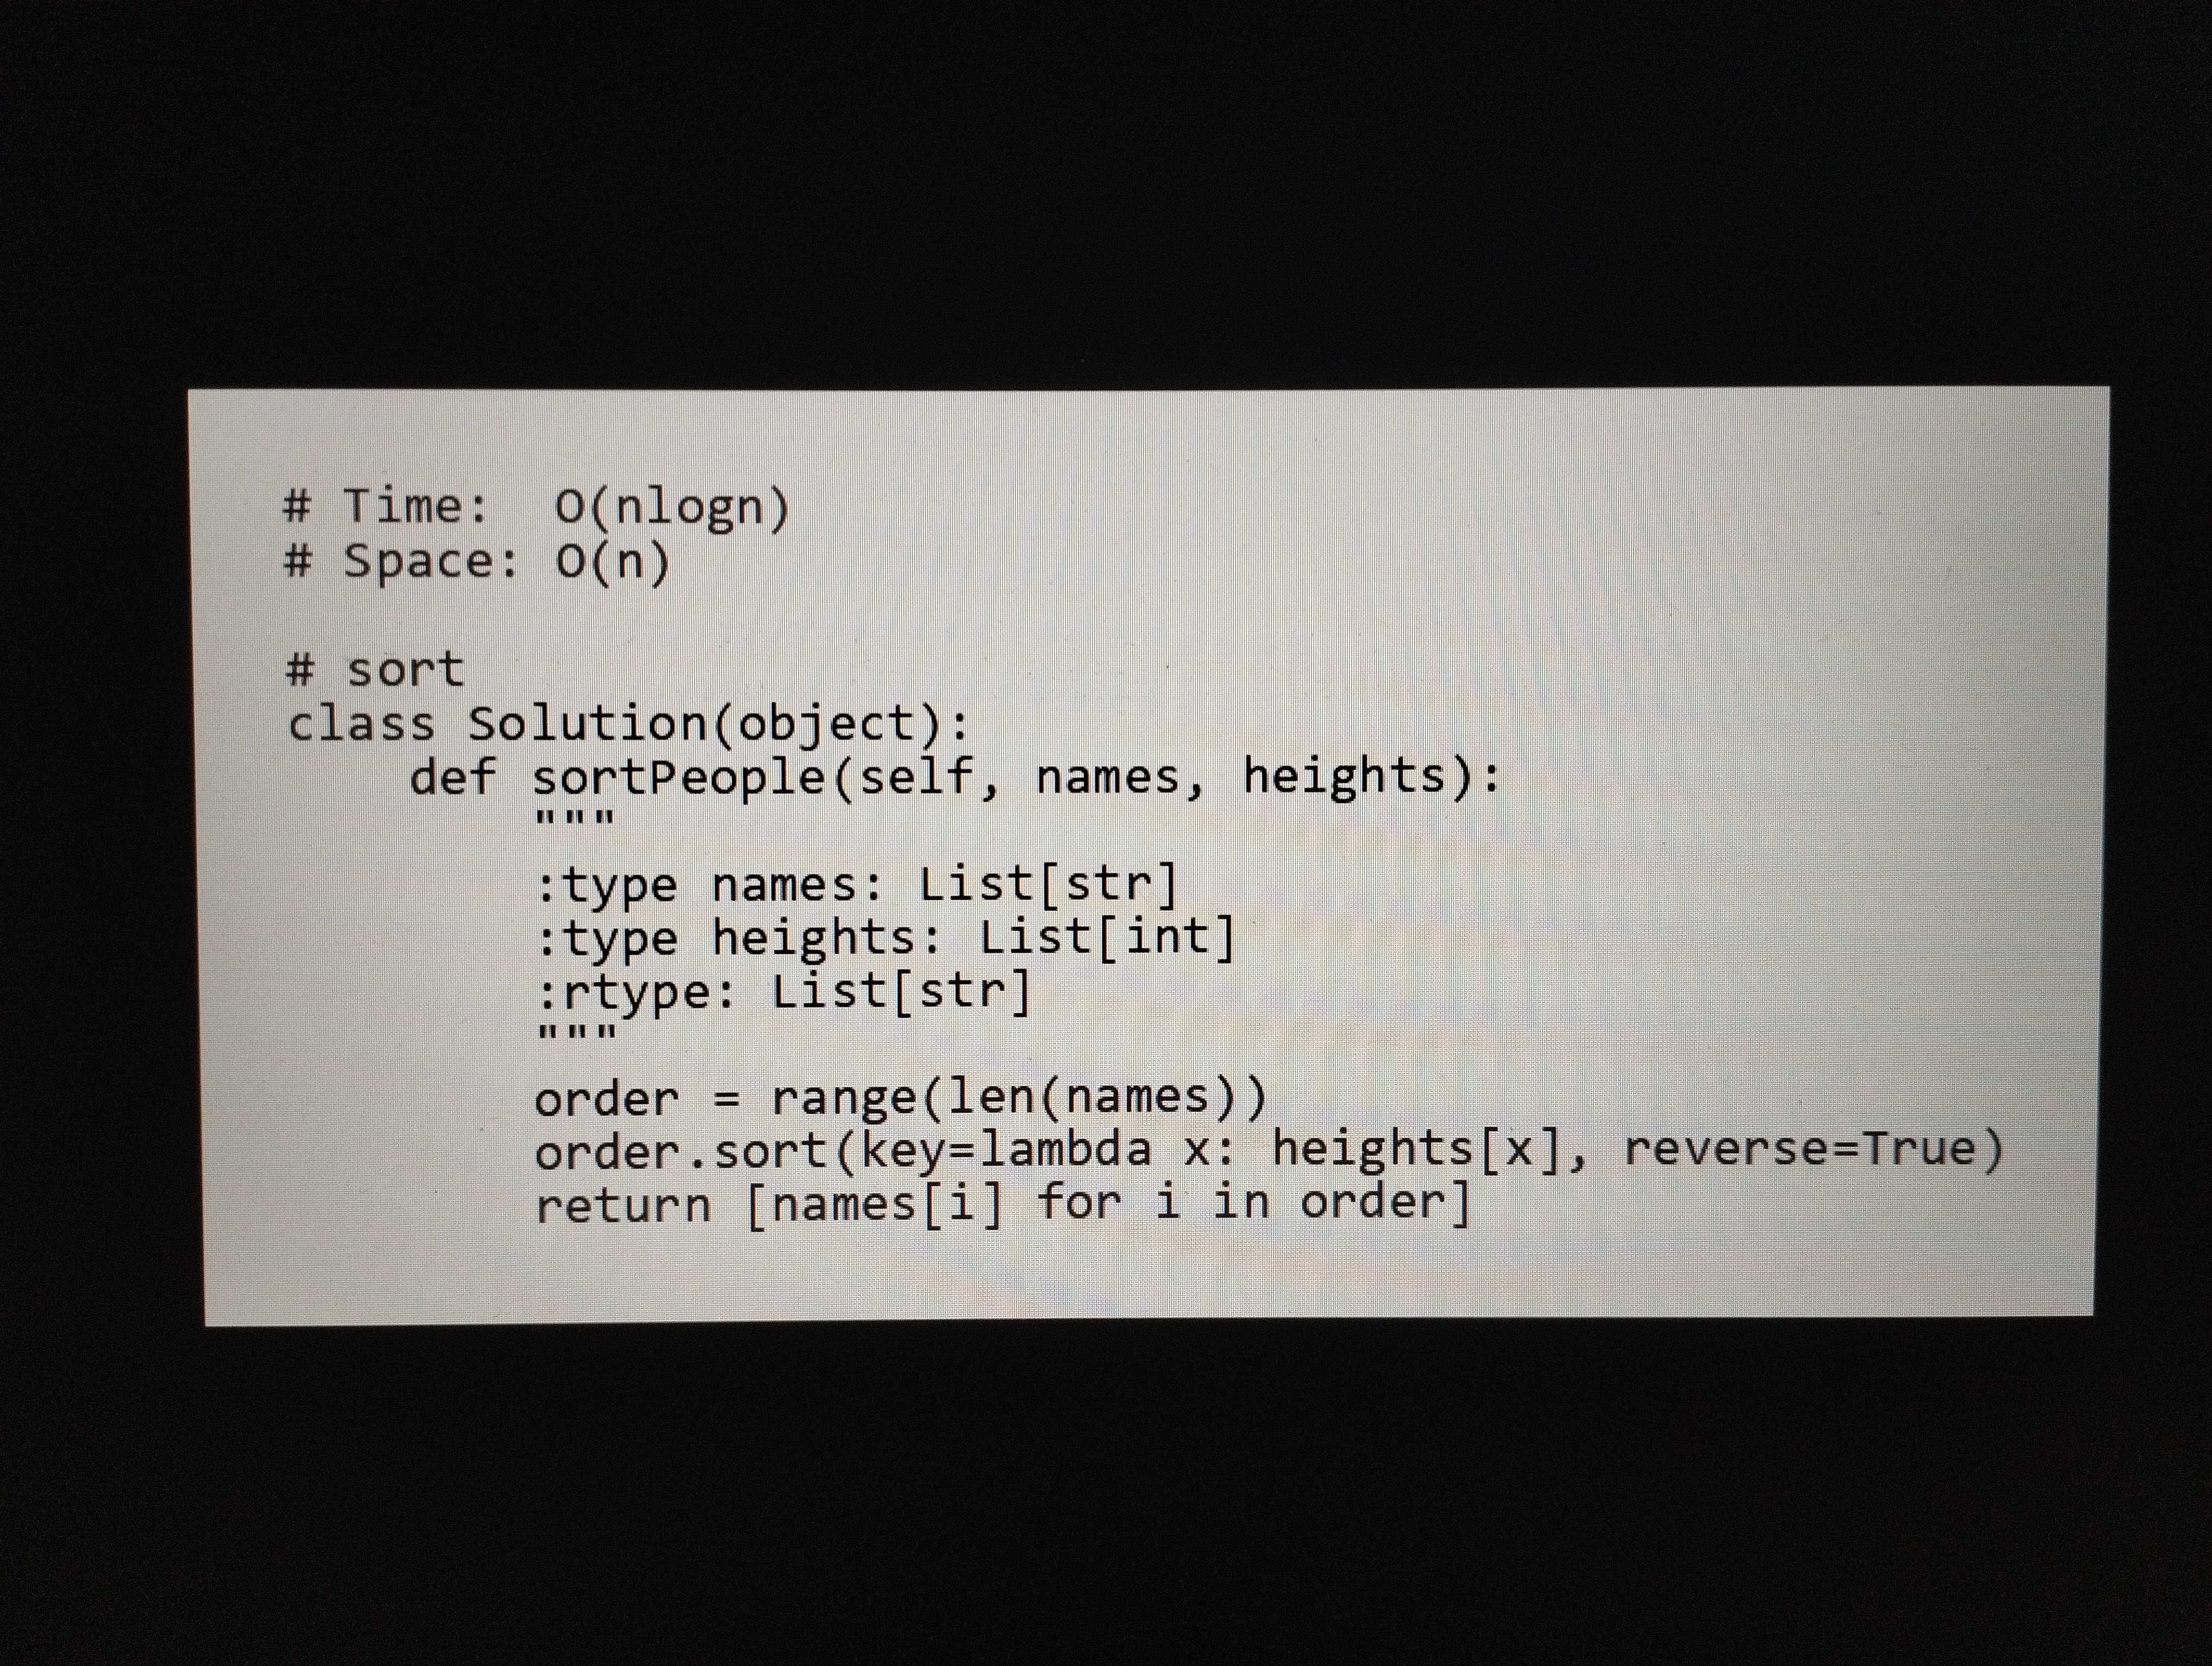
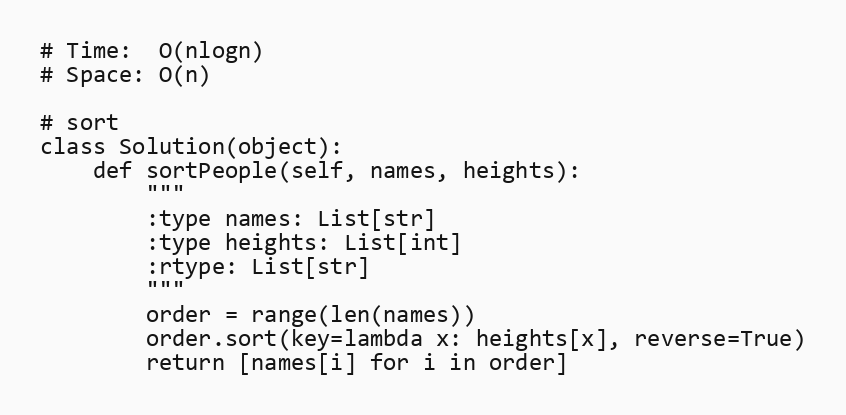
# Time:  O(nlogn)
# Space: O(n)

# sort
class Solution(object):
    def sortPeople(self, names, heights):
        """
        :type names: List[str]
        :type heights: List[int]
        :rtype: List[str]
        """
        order = range(len(names))
        order.sort(key=lambda x: heights[x], reverse=True)
        return [names[i] for i in order]